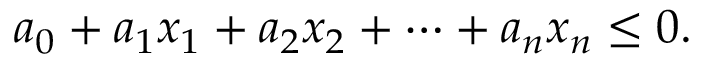
a _ { 0 } + a _ { 1 } x _ { 1 } + a _ { 2 } x _ { 2 } + \cdots + a _ { n } x _ { n } \leq 0 .